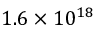
1 . 6 \times 1 0 ^ { 1 8 }